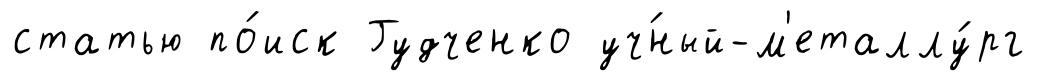
статью по́иск Гудченко уч́ный-м'еталлу́рг